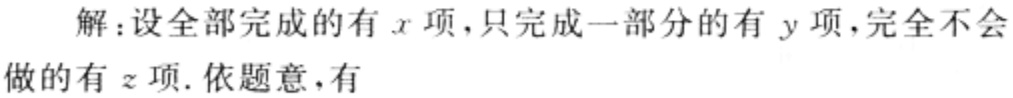
解：设全部完成的有\(x\)项，只完成一部分的有\(y\)项，完全不会做的有\(z\)项. 依题意，有